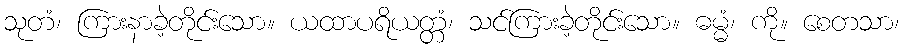
သုတံ၊ ကြားနာခဲ့တိုင်းသော။ ယထာပရိယတ္တံ၊ သင်ကြားခဲ့တိုင်းသော။ ဓမ္မံ၊ ကို။ စေတသာ၊